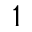
1